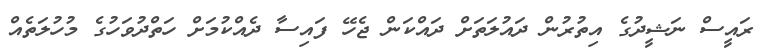
ރައީސް ނަޝީދުގެ އިތުރުން ދައުލަތަށް ދައްކަން ޖެހޭ ފައިސާ ދެއްކުމަށް ހަތްދުވަހުގެ މުހުލަތެއް